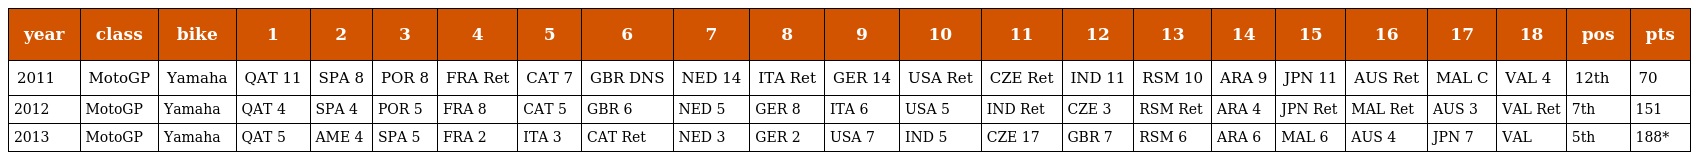
| year | class | bike | 1 | 2 | 3 | 4 | 5 | 6 | 7 | 8 | 9 | 10 | 11 | 12 | 13 | 14 | 15 | 16 | 17 | 18 | pos | pts |
 | --- | --- | --- | --- | --- | --- | --- | --- | --- | --- | --- | --- | --- | --- | --- | --- | --- | --- | --- | --- | --- | --- | --- |
 | 2011 | MotoGP | Yamaha | QAT 11 | SPA 8 | POR 8 | FRA Ret | CAT 7 | GBR DNS | NED 14 | ITA Ret | GER 14 | USA Ret | CZE Ret | IND 11 | RSM 10 | ARA 9 | JPN 11 | AUS Ret | MAL C | VAL 4 | 12th | 70 |
 | 2012 | MotoGP | Yamaha | QAT 4 | SPA 4 | POR 5 | FRA 8 | CAT 5 | GBR 6 | NED 5 | GER 8 | ITA 6 | USA 5 | IND Ret | CZE 3 | RSM Ret | ARA 4 | JPN Ret | MAL Ret | AUS 3 | VAL Ret | 7th | 151 |
 | 2013 | MotoGP | Yamaha | QAT 5 | AME 4 | SPA 5 | FRA 2 | ITA 3 | CAT Ret | NED 3 | GER 2 | USA 7 | IND 5 | CZE 17 | GBR 7 | RSM 6 | ARA 6 | MAL 6 | AUS 4 | JPN 7 | VAL | 5th | 188* |